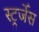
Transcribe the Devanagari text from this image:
स्ट्रर्जेस